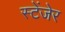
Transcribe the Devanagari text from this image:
स्टेंजेर